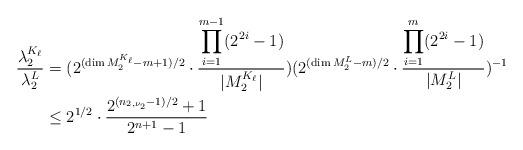
LaTeX: \begin{align*} \frac{\lambda_2^{K_{\ell}}}{\lambda_2^L}&=(2^{(\dim M_2^{K_{\ell}}-m+1)/2}\cdot\frac{\displaystyle{\prod_{i=1}^{m-1}}(2^{2i}-1)}{|M_2^{K_{\ell}}|})(2^{(\dim M_2^L-m)/2}\cdot\frac{\displaystyle{\prod_{i=1}^{m}}(2^{2i}-1)}{|M_2^L|})^{-1}\\ &\leq 2^{1/2}\cdot \frac{2^{(n_{2,\nu_2}-1)/2}+1}{2^{n+1}-1}\end{align*}